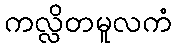
ကလ္လိတမူလကံ